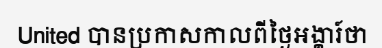
United បានប្រកាសកាលពីថ្ងៃអង្គារ៍ថា